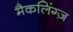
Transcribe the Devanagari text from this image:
मैकलिंग्ज़